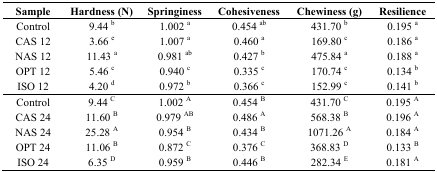
<table><thead><tr><td><b>Sample</b></td><td><b>Hardness (N)</b></td><td><b>Springiness</b></td><td><b>Cohesiveness</b></td><td><b>Chewiness (g)</b></td><td><b>Resilience</b></td></tr></thead><tbody><tr><td>Control</td><td>9.44 <sup>b</sup></td><td>1.002 <sup>a</sup></td><td>0.454 <sup>ab</sup></td><td>431.70 <sup>b</sup></td><td>0.195 <sup>a</sup></td></tr><tr><td>CAS 12</td><td>3.66 <sup>e</sup></td><td>1.007 <sup>a</sup></td><td>0.460 <sup>a</sup></td><td>169.80 <sup>c</sup></td><td>0.186 <sup>a</sup></td></tr><tr><td>NAS 12</td><td>11.43 <sup>a</sup></td><td>0.981 <sup>ab</sup></td><td>0.427 <sup>b</sup></td><td>475.84 <sup>a</sup></td><td>0.188 <sup>a</sup></td></tr><tr><td>OPT 12</td><td>5.46 <sup>c</sup></td><td>0.940 <sup>c</sup></td><td>0.335 <sup>c</sup></td><td>170.74 <sup>c</sup></td><td>0.134 <sup>b</sup></td></tr><tr><td>ISO 12</td><td>4.20 <sup>d</sup></td><td>0.972 <sup>b</sup></td><td>0.366 <sup>c</sup></td><td>152.99 <sup>c</sup></td><td>0.141 <sup>b</sup></td></tr><tr><td>Control</td><td>9.44 <sup>C</sup></td><td>1.002 <sup>A</sup></td><td>0.454 <sup>B</sup></td><td>431.70 <sup>C</sup></td><td>0.195 <sup>A</sup></td></tr><tr><td>CAS 24</td><td>11.60 <sup>B</sup></td><td>0.979 <sup>AB</sup></td><td>0.486 <sup>A</sup></td><td>568.38 <sup>B</sup></td><td>0.196 <sup>A</sup></td></tr><tr><td>NAS 24</td><td>25.28 <sup>A</sup></td><td>0.954 <sup>B</sup></td><td>0.434 <sup>B</sup></td><td>1071.26 <sup>A</sup></td><td>0.184 <sup>A</sup></td></tr><tr><td>OPT 24</td><td>11.06 <sup>B</sup></td><td>0.872 <sup>C</sup></td><td>0.376 <sup>C</sup></td><td>368.83 <sup>D</sup></td><td>0.133 <sup>B</sup></td></tr><tr><td>ISO 24</td><td>6.35 <sup>D</sup></td><td>0.959 <sup>B</sup></td><td>0.446 <sup>B</sup></td><td>282.34 <sup>E</sup></td><td>0.181 <sup>A</sup></td></tr></tbody></table>